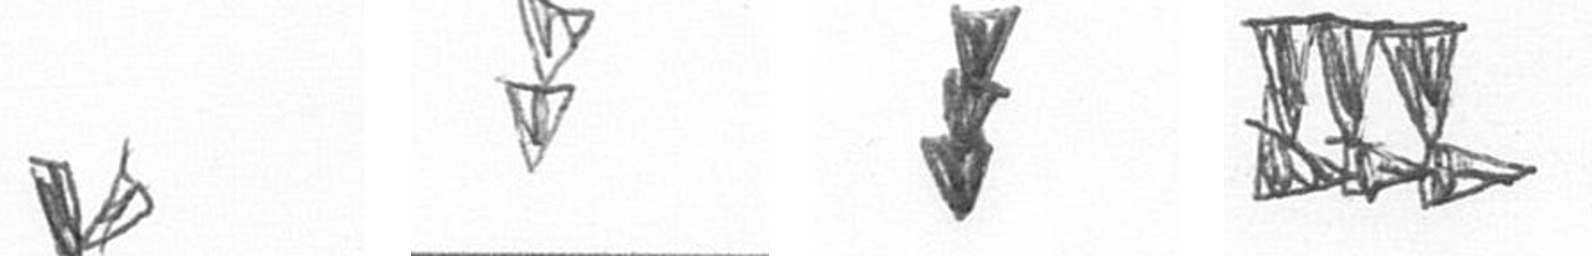
F Z E D